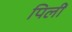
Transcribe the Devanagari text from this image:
पिलीं